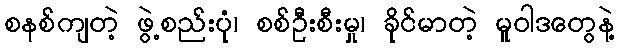
စနစ်ကျတဲ့ ဖွဲ့စည်းပုံ၊ စစ်ဦးစီးမှု၊ ခိုင်မာတဲ့ မူဝါဒတွေနဲ့